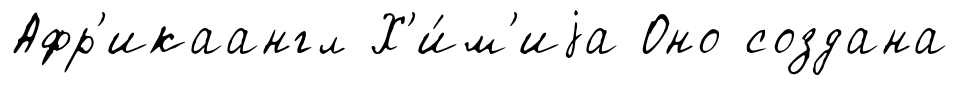
Афр'икаангл Х'и́м'иjа Оно создана